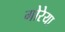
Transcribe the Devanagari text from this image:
गोरेया